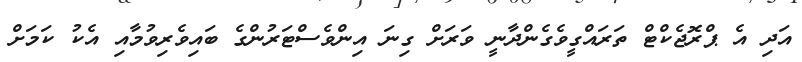
އަދި އެ ޕްރޮޖެކްޓް ތަރައްގީވެގެންދާނީ ވަރަށް ގިނަ އިންވެސްޓަރުންގެ ބައިވެރިވުމާއި އެކު ކަމަށް